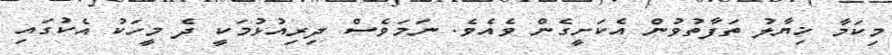
މިކަމާ ޚިޔާލު ތަފާތުވުން އެކަށީގެން ވެއެވެ. ނަމަވެސް ދިރިއުޅުމަކީ ދެ މީހަކު އެކުގައި